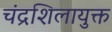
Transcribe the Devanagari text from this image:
चंद्रशिलायुक्त